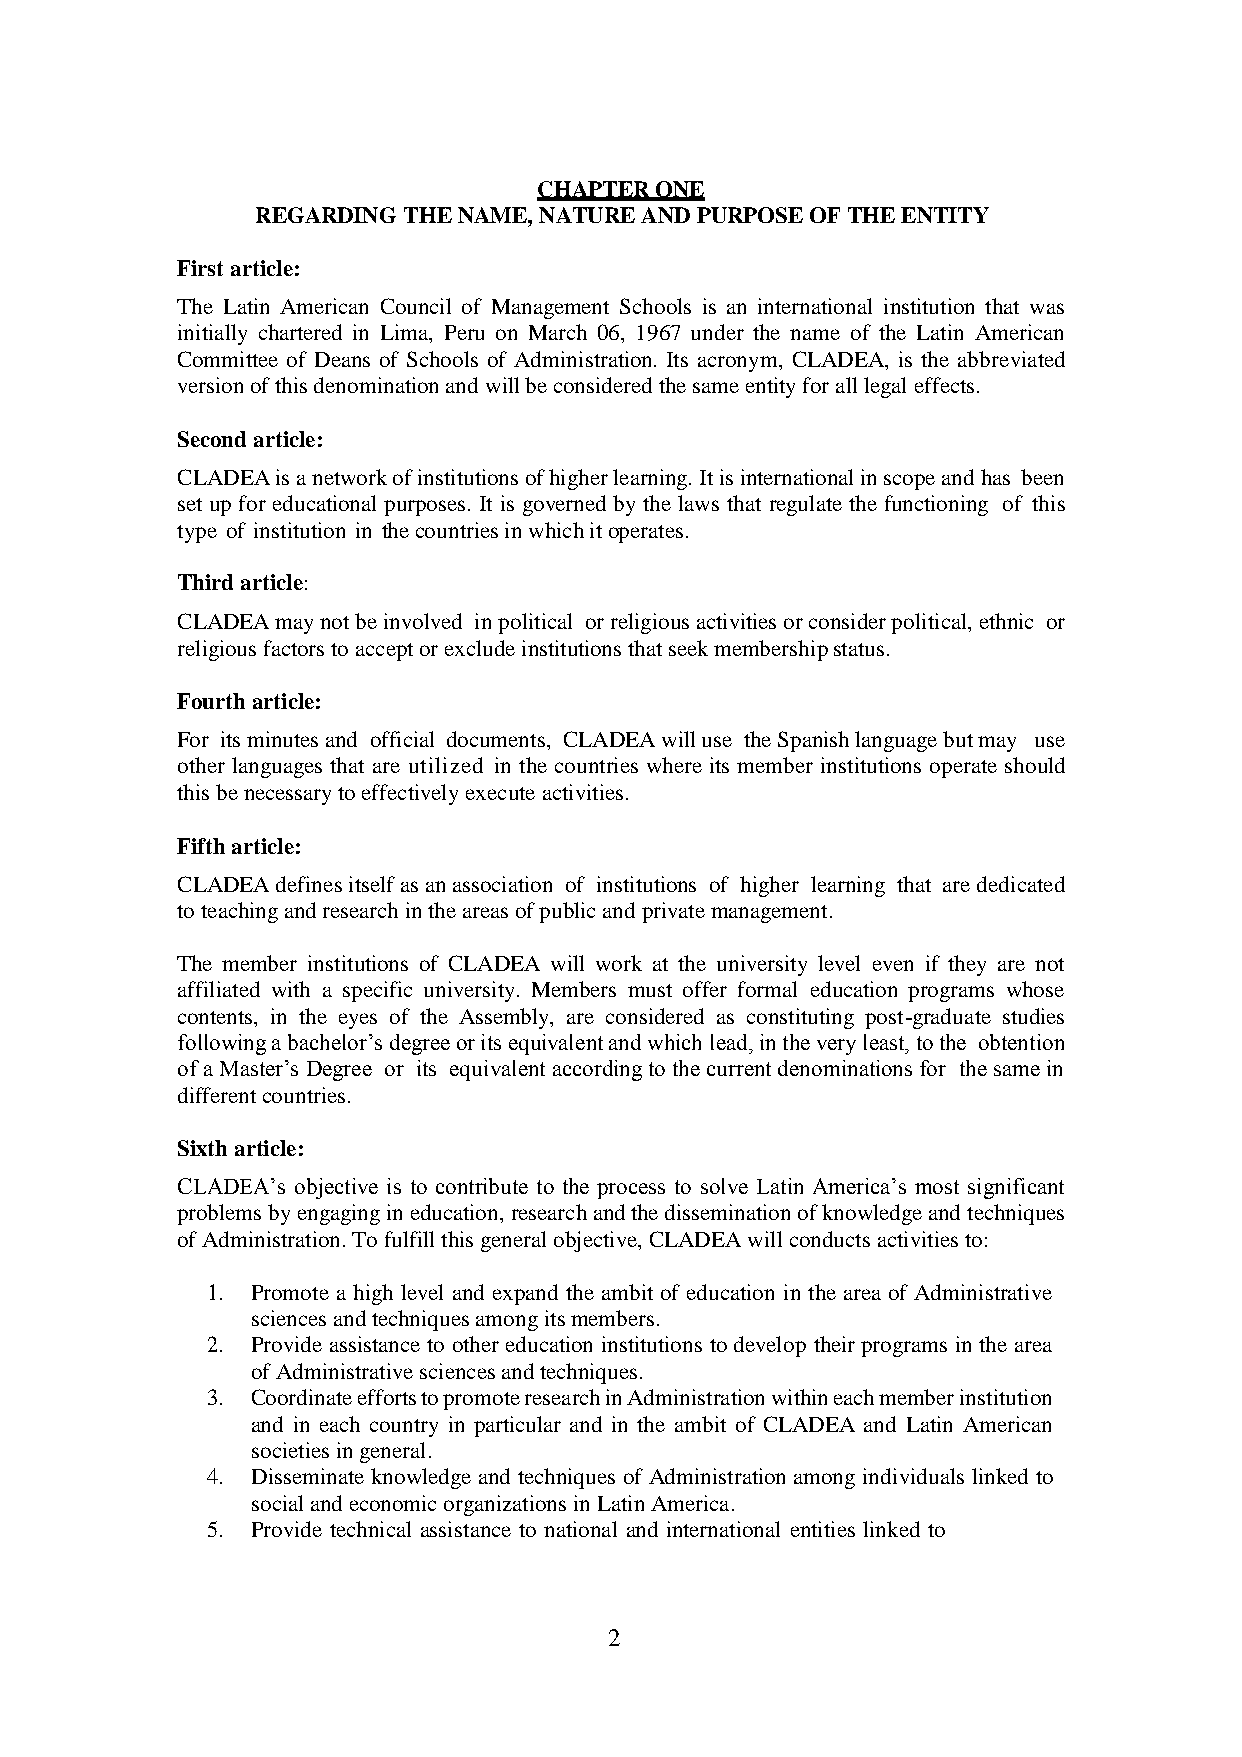
CHAPTER ONE
 REGARDING THE NAME, NATURE AND PURPOSE OF THE ENTITY
 First article:
 The Latin American Council of Management Schools is an international institution that was
 initially chartered in Lima, Peru on March 06, 1967 under the name of the Latin American
 Committee of Deans of Schools of Administration. Its acronym, CLADEA, is the abbreviated
 version of this denomination and will be considered the same entity for all legal effects.
 Second article:
 CLADEA is a network of institutions of higher learning. It is international in scope and has been
 set up for educational purposes. It is governed by the laws that regulate the functioning of this
 type of institution in the countries in which it operates.
 Third article:
 CLADEA may not be involved in political or religious activities or consider political, ethnic or
 religious factors to accept or exclude institutions that seek membership status.
 Fourth article:
 For its minutes and official documents, CLADEA will use the Spanish language but may use
 other languages that are utilized in the countries where its member institutions operate should
 this be necessary to effectively execute activities.
 Fifth article:
 CLADEA defines itself as an association of institutions of higher learning that are dedicated
 to teaching and research in the areas of public and private management.
 The member institutions of CLADEA will work at the university level even if they are not
 affiliated with a specific university. Members must offer formal education programs whose
 contents, in the eyes of the Assembly, are considered as constituting post-graduate studies
 following a bachelor’s degree or its equivalent and which lead, in the very least, to the obtention
 of a Master’s Degree or its equivalent according to the current denominations for the same in
 different countries.
 Sixth article:
 CLADEA’s objective is to contribute to the process to solve Latin America’s most significant
 problems by engaging in education, research and the dissemination of knowledge and techniques
 of Administration. To fulfill this general objective, CLADEA will conducts activities to:
 1. Promote a high level and expand the ambit of education in the area of Administrative
 sciences and techniques among its members.
 2. Provide assistance to other education institutions to develop their programs in the area
 of Administrative sciences and techniques.
 3. Coordinate efforts to promote research in Administration within each member institution
 and in each country in particular and in the ambit of CLADEA and Latin American
 societies in general.
 4. Disseminate knowledge and techniques of Administration among individuals linked to
 social and economic organizations in Latin America.
 5. Provide technical assistance to national and international entities linked to
 2